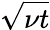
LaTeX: \sqrt{\nu t}